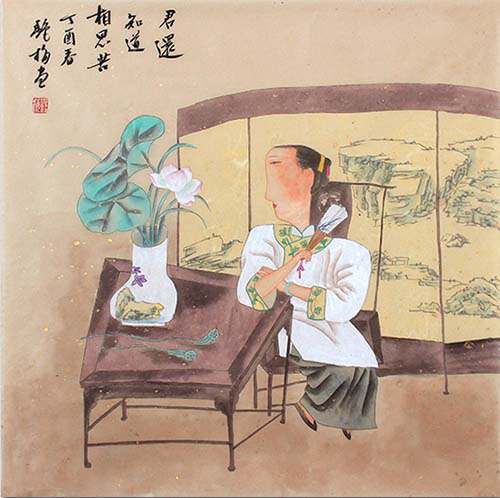
新啼痕压旧啼痕，断肠人忆断肠人。